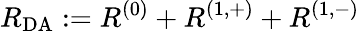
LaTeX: R_{\mathrm{DA}}:=R^{(0)}+R^{(1,+)}+R^{(1,-)}